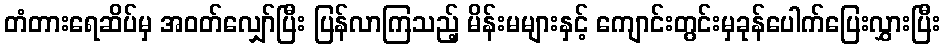
တံတားရေဆိပ်မှ အဝတ်လျှော်ပြီး ပြန်လာကြသည့် မိန်းမများနှင့် ကျောင်းတွင်းမှခုန်ပေါက်ပြေးလွှားပြီး